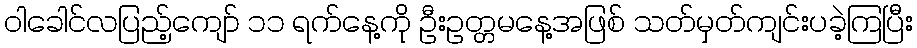
ဝါခေါင်လပြည့်ကျော် ၁၁ ရက်နေ့ကို ဦးဥတ္တမနေ့အဖြစ် သတ်မှတ်ကျင်းပခဲ့ကြပြီး